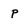
Character: p